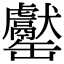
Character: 𦉧